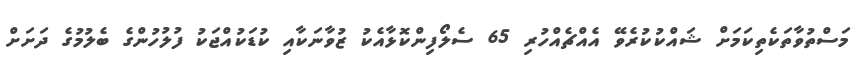
މަސްތުވާތަކެތިކަމަށް ޝައްކުކުރެވޭ އެއްޗެއްހުރި 65 ސެލޯފިންކޮޅާއެކު ޒުވާނަކާއި ކުޑަކުއްޖަކު ފުލުހުންގެ ބެލުމުގެ ދަށަށް